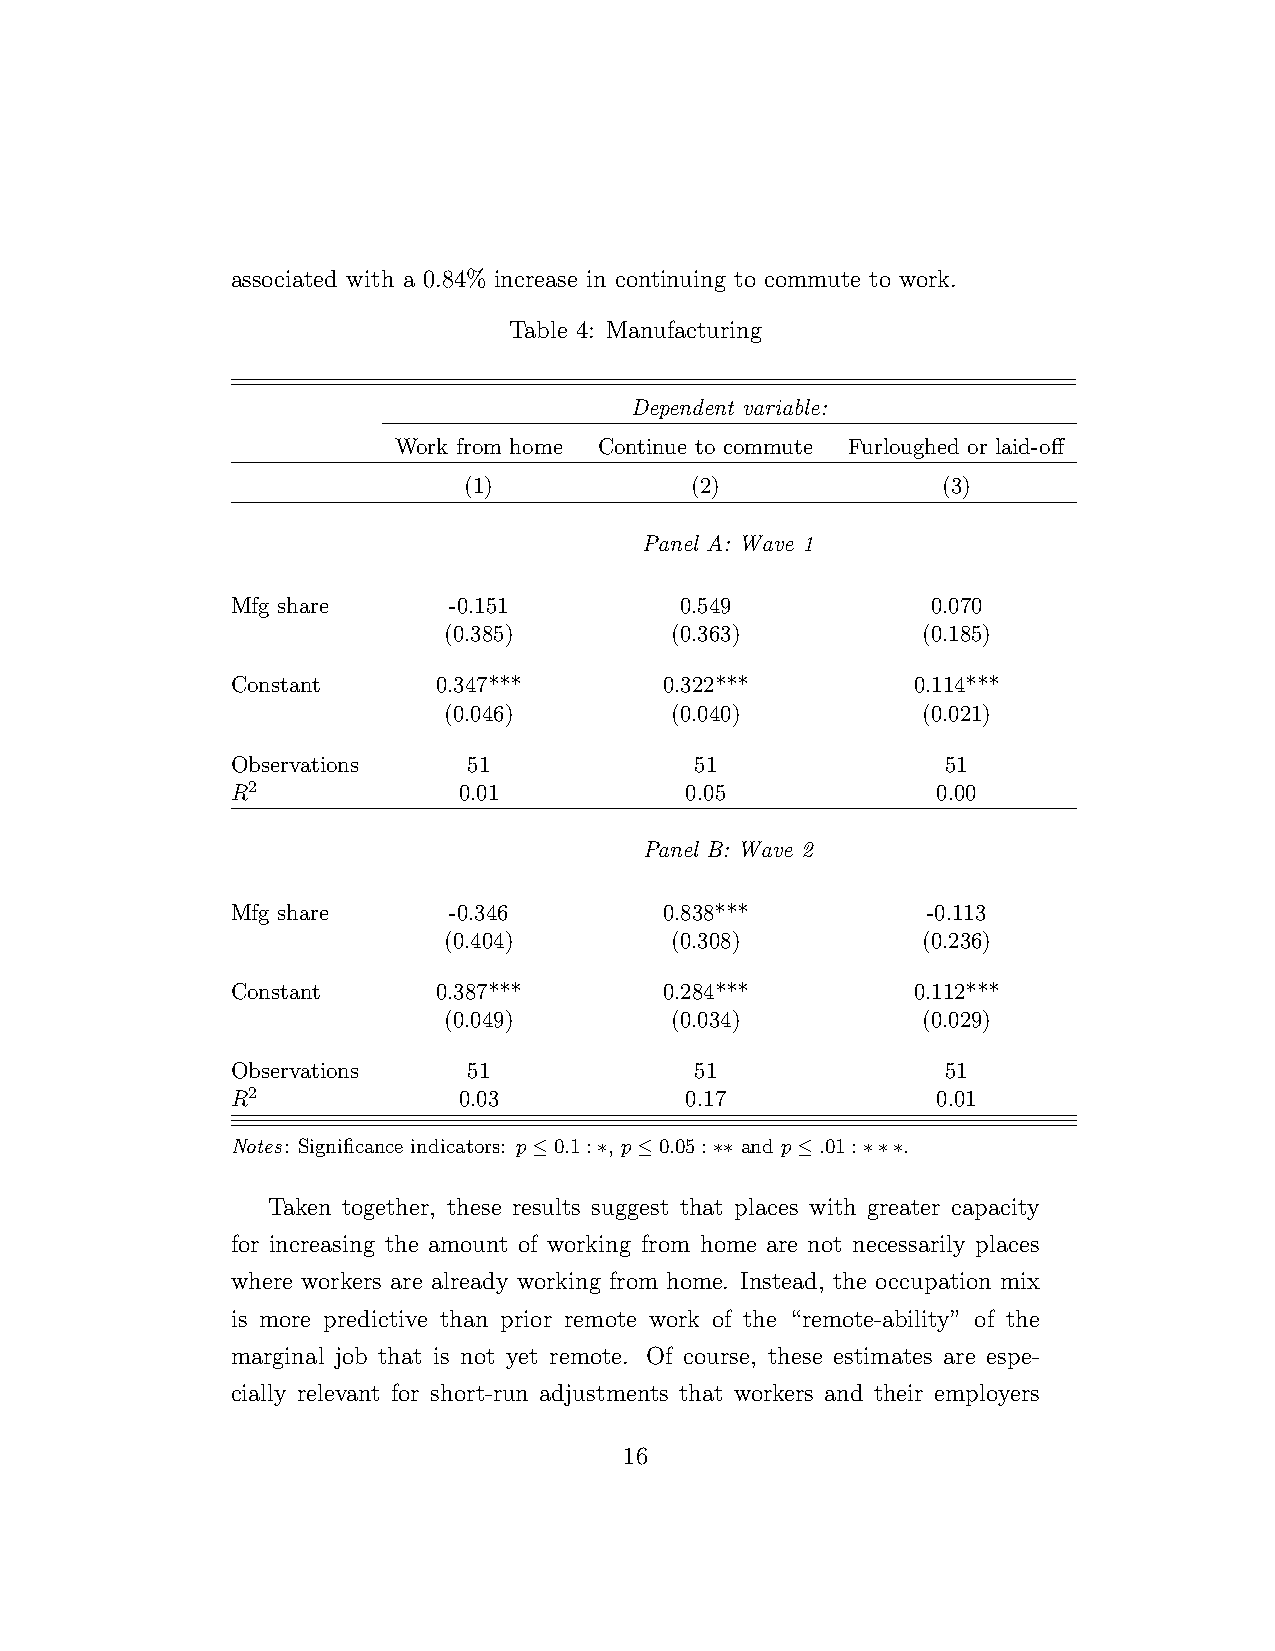
associated with a 0.84% increase in continuing to commute to work.
 Table 4: Manufacturing
 Dependent variable:
 Work from home Continue to commute Furloughed or laid-off
 (1)            (2)             (3)
 Panel A: Wave 1
 Mfg share      -0.151         0.549            0.070
 (0.385)        (0.363)          (0.185)
 Constant      0.347***       0.322***        0.114***
 (0.046)        (0.040)          (0.021)
 Observations    51             51               51
 R2             0.01           0.05             0.00
 Panel B: Wave 2
 Mfg share      -0.346        0.838***         -0.113
 (0.404)        (0.308)          (0.236)
 Constant      0.387***       0.284***        0.112***
 (0.049)        (0.034)          (0.029)
 Observations    51             51               51
 R2             0.03           0.17             0.01
 Notes: Significance indicators: p≤0.1:∗, p≤0.05:∗∗ and p≤.01:∗∗∗.
 Taken together, these results suggest that places with greater capacity
 for increasing the amount of working from home are not necessarily places
 where workers are already working from home. Instead, the occupation mix
 is more predictive than prior remote work of the “remote-ability” of the
 marginal job that is not yet remote. Of course, these estimates are espe-
 cially relevant for short-run adjustments that workers and their employers
 16